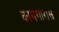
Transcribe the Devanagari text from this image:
कामगारास